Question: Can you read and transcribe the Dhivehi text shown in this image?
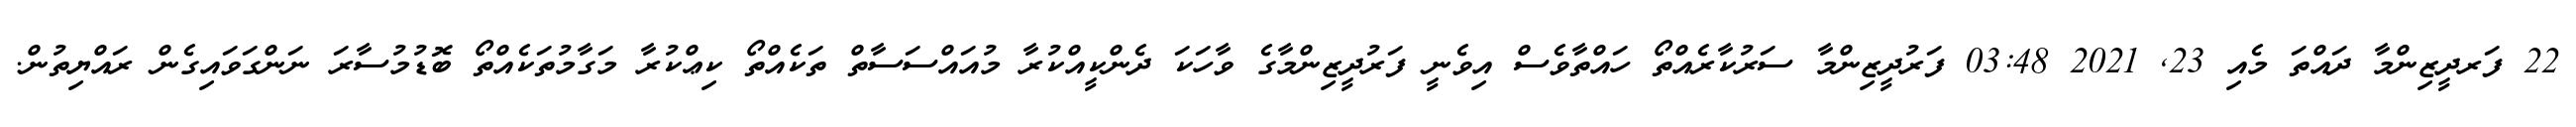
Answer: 22 ފަރދީޒިންމާ ދައްތަ މެއި 23, 2021 03:48 ފަރުދީޒިންމާ ސަރުކާރެއްތޯ ހައްތާވެސް އިވެނީ ފަރުދީޒިންމާގެ ވާހަކަ ދެންކީއްކުރާ މުއައްސަސާތް ތަކެއްތޯ ކިޢްކުރާ މަގާމުތަކެއްތޯ ބޮޑުމުސާރަ ނަންގަވައިގެން ރައްޔިތުން.